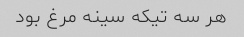
هر سه تیکه سینه مرغ بود